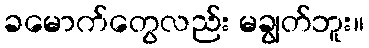
ခမောက်တွေလည်း မချွတ်ဘူး။